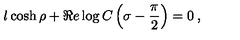
l \cosh \rho + \Re e \log C \left( \sigma - \displaystyle \frac { \pi } { 2 } \right) = 0 \: ,